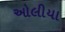
ઓલીયા